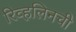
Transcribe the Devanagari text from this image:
रिव्हलिनची